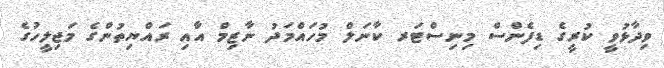
ވިދާޅުވީ ކުރީގެ ޑިފެންސް މިނިސްޓަރ ކާނަލް މުހައްމަދު ނާޒިމް އާއި ރައްޔިތުންގެ މަޖިލީހުގެ